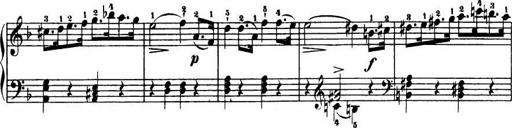
Title: Le bouquetier
Composer: Anton Diabelli
Key: G major
 C major
 F major
 C major